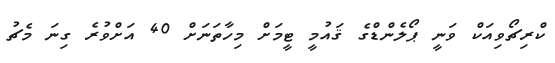
ކްރިޗޯވިއަކް ވަނީ ޕޯލެންޑްގެ ޤައުމީ ޓީމަށް މިހާތަނަށް 40 އަށްވުރެ ގިނަ މެޗު